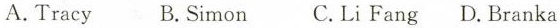
A.Tracy B.Simon C.Li Fang D.Branka